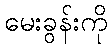
မေးခွန်းကို